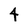
Character: 4